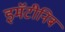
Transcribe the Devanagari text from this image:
इमॅटीनिब